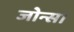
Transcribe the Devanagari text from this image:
जोन्स।